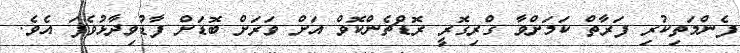
ފެންމަތިކުރި ފަރާތް ކަމަށްވާ ގްރިގޮރީ ރޮޑްޗެންކޮވް އަށް ވަރަށް ބޮޑަށް ފާޑުވިދާޅުވެފަ އެވެ.